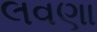
લવણા